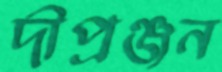
দীপ্রঞ্জন